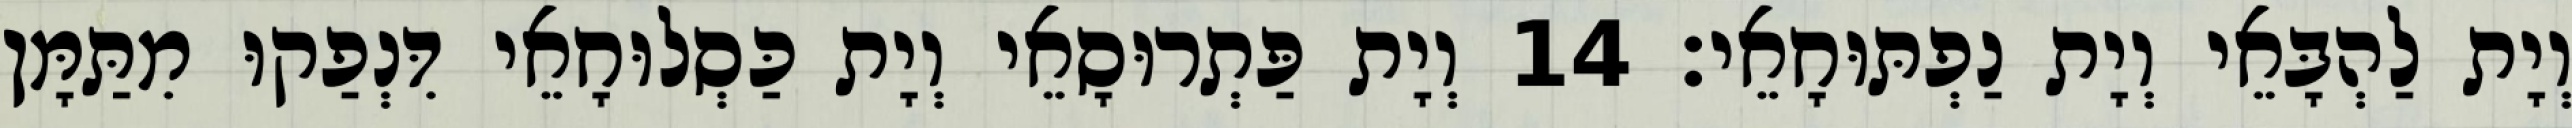
וְיָת לַהְבָּאֵי וְיָת נַפְתּוּחָאֵי׃ 14 וְיָת פַּתְרוּסָאֵי וְיָת כַּסְלוּחָאֵי דִּנְפַקוּ מִתַּמָּן